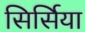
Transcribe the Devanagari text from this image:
सिर्सिया